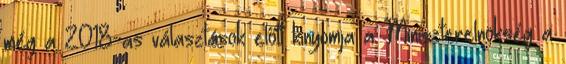
még a 2018-as választások előtt kinyomja a Miniszterelnökség a